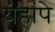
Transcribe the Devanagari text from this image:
यहांपे